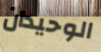
الوحيدان